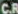
C.R